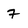
Character: 7